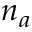
n _ { a }